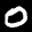
Label: 0